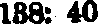
188: 40